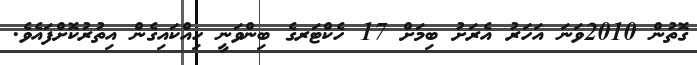
ގޮތުން 2010ވަނަ އަހަރު އެރަށު ބިމަށް 17 ހެކްޓަރގެ ބިންވަނީ ހިއްކައިގެން އިތުރުކޮށްފައެވެ.